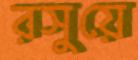
রসুয়ে